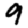
Digit: 9